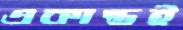
একান্তই